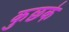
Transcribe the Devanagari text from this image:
कुछके